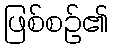
ဖြစ်စဉ်၏